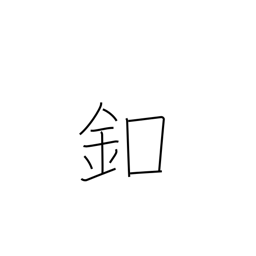
Meaning: button